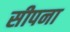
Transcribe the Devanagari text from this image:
सीपना